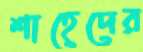
শাহেদের